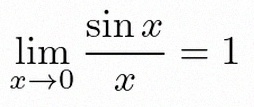
\lim_{x\to0}\frac{\sin x}{x}=1